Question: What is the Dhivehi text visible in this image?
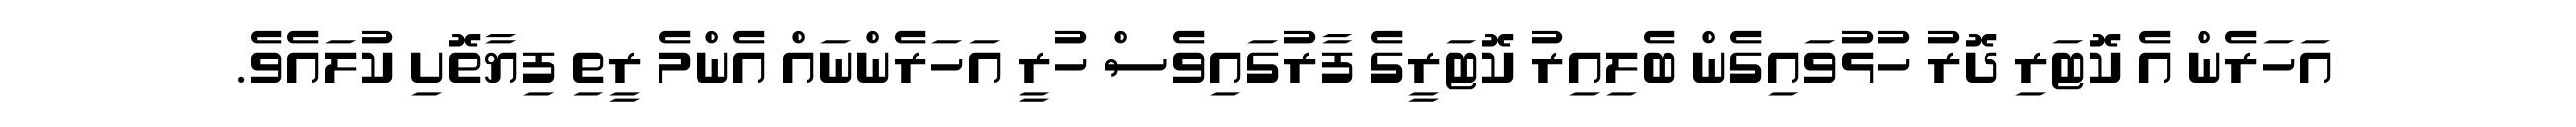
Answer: އަހަރެން އެ ކޮޓަރި ދޮރު ހުޅުވައިގެން ބެލިއިރު ކޮޓަރީގެ ފާރުގައިވެސް ހުރީ އަހަރެންނައް އެންމެ ރީތި ފިޔާތޮށި ކުލައެވެ.